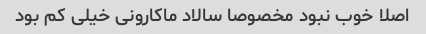
اصلا خوب نبود مخصوصا سالاد ماکارونی خیلی کم بود